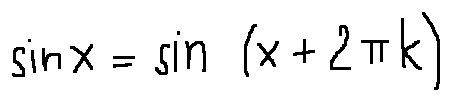
\sin x = \sin ( x + 2 \pi k )